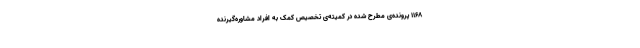
۱۱۶۸ پرونده‌ی مطرح شده در کمیته‌ی تخصیص کمک به افراد مشاوره‌گیرنده